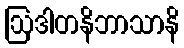
ဩဒါတနိဘာသာနိ